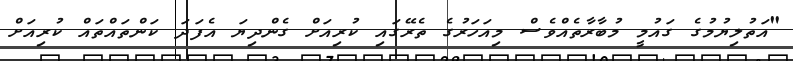
"އަތުލިޔުމުގެ ގައުމީ މުބާރާތެއްވެސް މިއަހަރުގެ ތެރޭގައި ކުރިއަށް ގެންދިޔަ އެފަދަ ކަންތައްތައް ކުރިއަށް